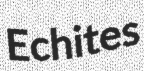
Echites